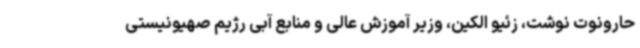
حارونوت نوشت، زئیو الکین، وزیر آموزش عالی و منابع آبی رژیم صهیونیستی